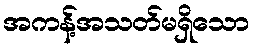
အကန့်အသတ်မရှိသော